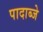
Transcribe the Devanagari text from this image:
पादाब्जे